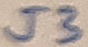
Text: J3